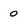
Character: 0